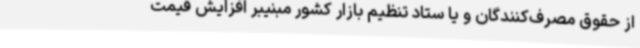
از حقوق مصرف‌کنندگان و یا ستاد تنظیم بازار کشور مبنیبر افزایش قیمت